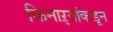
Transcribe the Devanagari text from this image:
किनाऱ्यांकडून